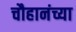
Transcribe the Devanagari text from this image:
चौहानंच्या